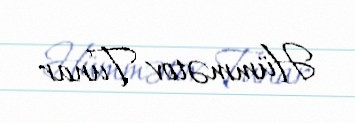
Hümmətov Tunar